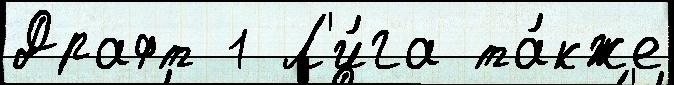
Драфт 1 Л'и́га та́кже